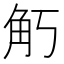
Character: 𧢵